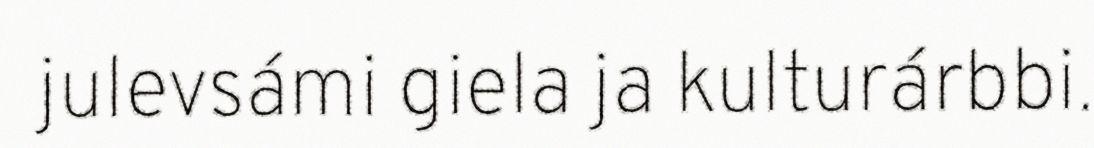
julevsámi giela ja kulturárbbi.